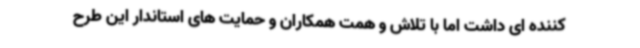
کننده ای داشت اما با تلاش و همت همکاران و حمایت های استاندار این طرح